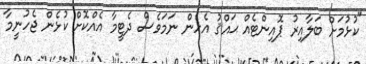
"ކުޅުމަށް ބަލާއިރު ޕޮއިންޓެއް ޙައްޤު އެހެން ނަމަވެސް ދެޓީމާ އެއްކޮށް ކުޅެން ޖެހުނީމާ